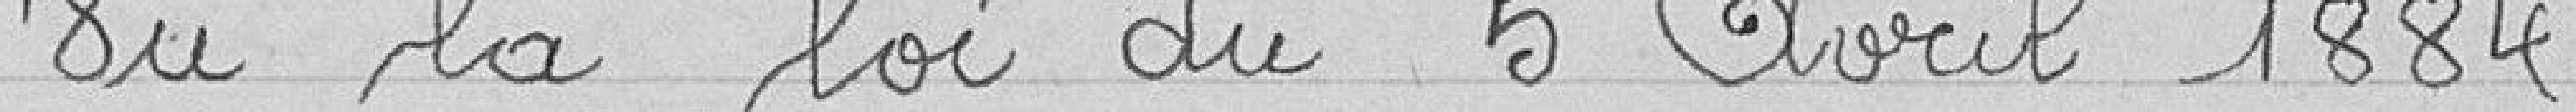
Vu la loi du 5 Avril 1884.